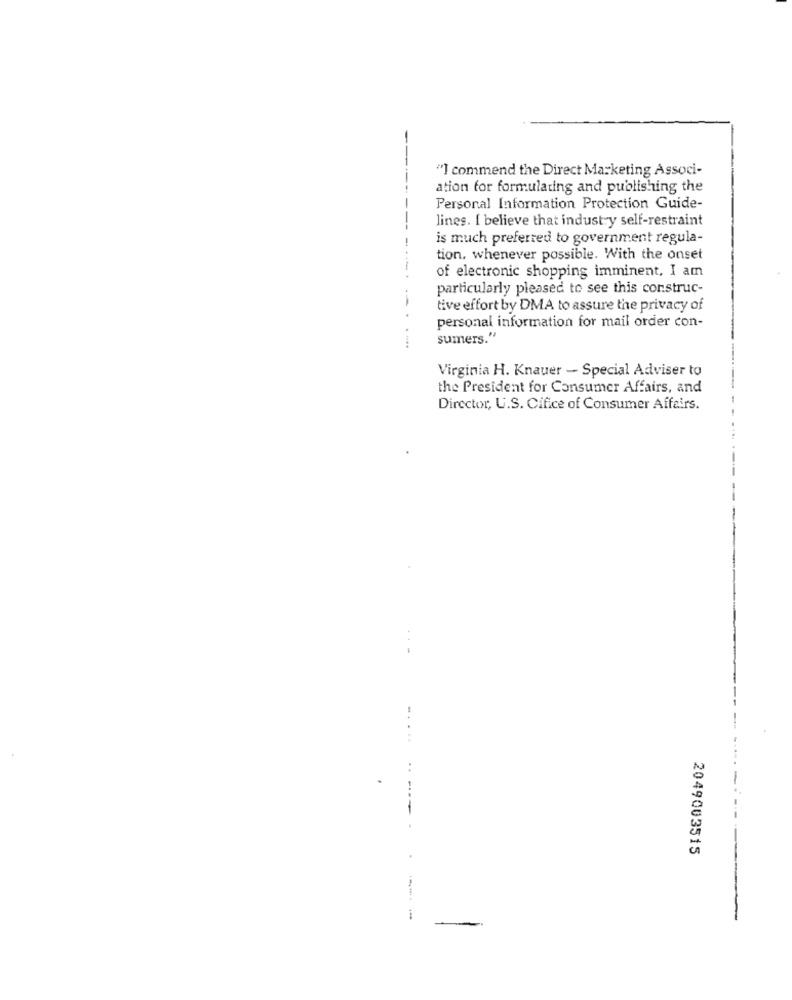
"] commend the Direct Marketing Associ-
ation for formulating and publishing the
Personal Information Protection Guide-
lines. I believe that industry self-restraint
is much preferred to government regula-
tion, whenever possible. With the onset
of electronic shopping imminent, I am
particularly pleased to see this construc-
- -
tive effort by DMA to assure the privacy of
personal information for mail order con-
sumers."
Virginia H. Knauer - Special Adviser to
the President for Consumer Affairs, and
Director, U.S. Cifice of Consumer Affairs.
2049003515
-